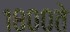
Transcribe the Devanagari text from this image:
१८००ते